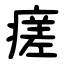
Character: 瘥